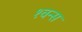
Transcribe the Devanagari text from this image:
१वन्स